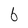
Character: 6